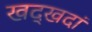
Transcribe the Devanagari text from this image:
खद्खदां